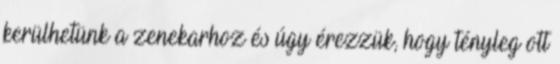
kerülhetünk a zenekarhoz és úgy érezzük, hogy tényleg ott